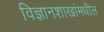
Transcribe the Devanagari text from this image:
विज्ञानशाखांमधील